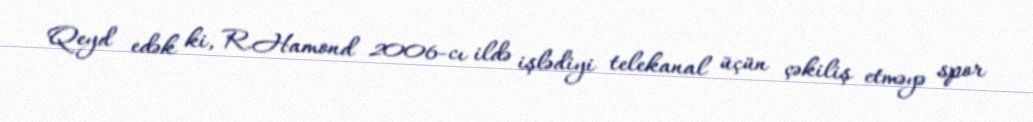
Qeyd edək ki, R.Hamond 2006-cı ildə işlədiyi telekanal üçün çəkiliş etməyə spor